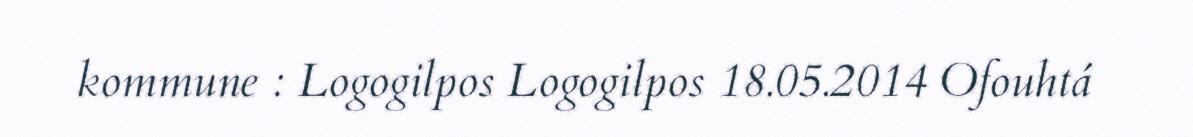
kommune : Logogilpos Logogilpos 18.05.2014 Ofouhtá